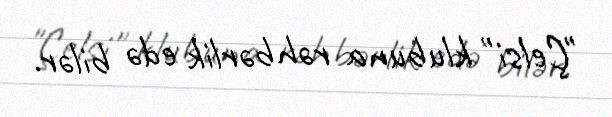
"Çelsi" klubuna rəhbərlik edə bilər.